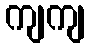
ကျကျ